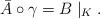
LaTeX: \begin{align*}\bar{A}\circ\gamma=B\mid_{K}.\end{align*}